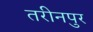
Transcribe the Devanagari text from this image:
तरीनपुर